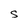
Character: S